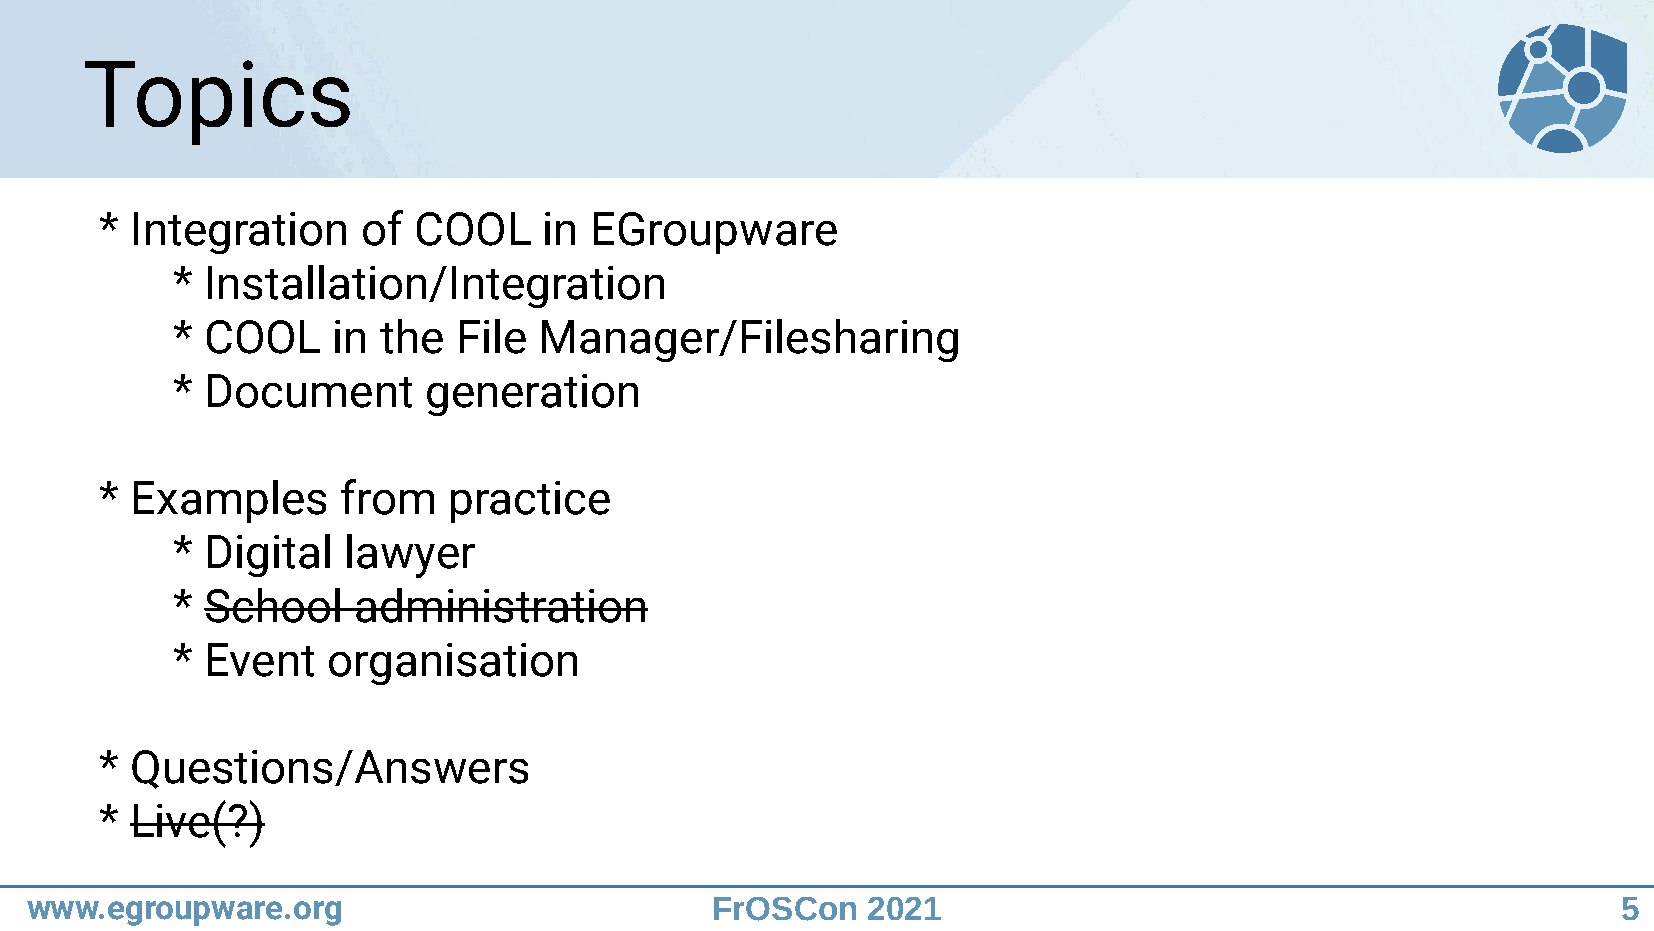
Topics
 * Integration    of COOL     in EGroupware
 *  Installation/Integration
 *  COOL    in the  File  Manager/Filesharing
 *  Document      generation
 * Examples     from    practice
 *  Digital  lawyer
 *  School   administration
 *  Event   organisation
 * Questions/Answers
 * Live(?)
 www.egroupware.org                           FrOSCon   2021                                              5